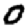
Digit: 0